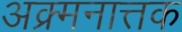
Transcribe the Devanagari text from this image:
अक्र्मनात्तक